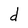
Character: d